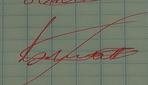
Signature authenticity: genuine